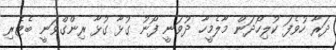
ދަރާ ހުވެފަ ކުލިހޯދަން މާލެމީހާ ދުވަނީ ފޯނު ގުޅާ ގުޅާ ރިންގްވަނީ ބެޓެރި